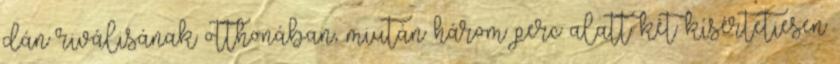
dán riválisának otthonában, miután három perc alatt két kísértetiesen